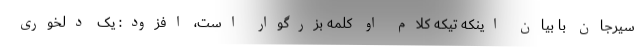
سیرجان با بیان اینکه تیکه کلام او کلمه بزرگوار است، افزود: یک دلخوری